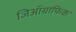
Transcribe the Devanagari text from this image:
जिऑग्राफिक